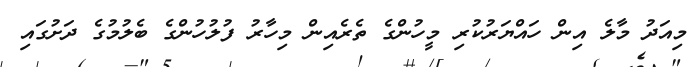
މިއަދު މާލެ އިން ހައްޔަރުކުރި މީހުންގެ ތެރެއިން މިހާރު ފުލުހުންގެ ބެލުމުގެ ދަށުގައި